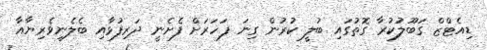
ޑިއެޓްޒް ގަބޫލުކުރާ ގޮތުގައި ބުލީ ކުރުން ގިނަ ފަހަރަށް ފެށެނީ ދަރިފުޅާއި ބެލެނިވެރިޔާއާ